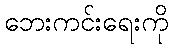
ဘေးကင်းရေးကို